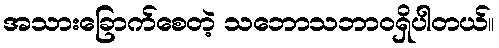
အသားခြောက်စေတဲ့ သဘောသဘာဝရှိပါတယ်။